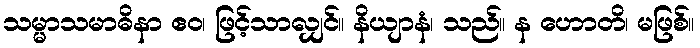
သမ္မာသမာဓိနာ ဧဝ၊ ဖြင့်သာလျှင်။ နိယျာနံ၊ သည်။ န ဟောတိ၊ မဖြစ်။